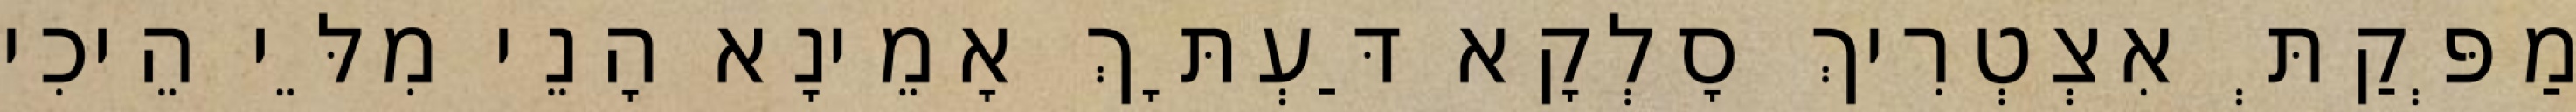
מַפְּקַתְּ אִצְטְרִיךְ סָלְקָא דַּעְתָּךְ אָמֵינָא הָנֵי מִלֵּי הֵיכִי